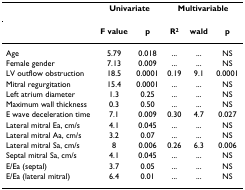
<table><thead><tr><td></td><td colspan="2"><b>Univariate</b></td><td colspan="3"><b>Multivariable</b></td></tr></thead><tbody><tr><td></td><td><b>F value</b></td><td><b>p</b></td><td><b>R<sup>2</sup></b></td><td><b>wald</b></td><td><b>p</b></td></tr><tr><td>Age</td><td>5.79</td><td>0.018</td><td>...</td><td>...</td><td>NS</td></tr><tr><td>Female gender</td><td>7.13</td><td>0.009</td><td>...</td><td>...</td><td>NS</td></tr><tr><td>LV outflow obstruction</td><td>18.5</td><td>0.0001</td><td>0.19</td><td>9.1</td><td>0.0001</td></tr><tr><td>Mitral regurgitation</td><td>15.4</td><td>0.0001</td><td>...</td><td>...</td><td>NS</td></tr><tr><td>Left atrium diameter</td><td>1.3</td><td>0.25</td><td>...</td><td>...</td><td>NS</td></tr><tr><td>Maximum wall thickness</td><td>0.3</td><td>0.50</td><td>...</td><td>...</td><td>NS</td></tr><tr><td>E wave deceleration time</td><td>7.1</td><td>0.009</td><td>0.30</td><td>4.7</td><td>0.027</td></tr><tr><td>Lateral mitral Ea, cm/s</td><td>4.1</td><td>0.045</td><td>...</td><td>...</td><td>NS</td></tr><tr><td>Lateral mitral Aa, cm/s</td><td>3.2</td><td>0.07</td><td>...</td><td>...</td><td>NS</td></tr><tr><td>Lateral mitral Sa, cm/s</td><td>8</td><td>0.006</td><td>0.26</td><td>6.3</td><td>0.006</td></tr><tr><td>Septal mitral Sa, cm/s</td><td>4.1</td><td>0.045</td><td>...</td><td>...</td><td>NS</td></tr><tr><td>E/Ea (septal)</td><td>3.7</td><td>0.05</td><td>...</td><td>...</td><td>NS</td></tr><tr><td>E/Ea (lateral mitral)</td><td>6.4</td><td>0.01</td><td>...</td><td>...</td><td>NS</td></tr></tbody></table>